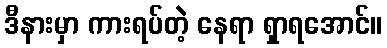
ဒီနားမှာ ကားရပ်တဲ့ နေရာ ရှာရအောင်။